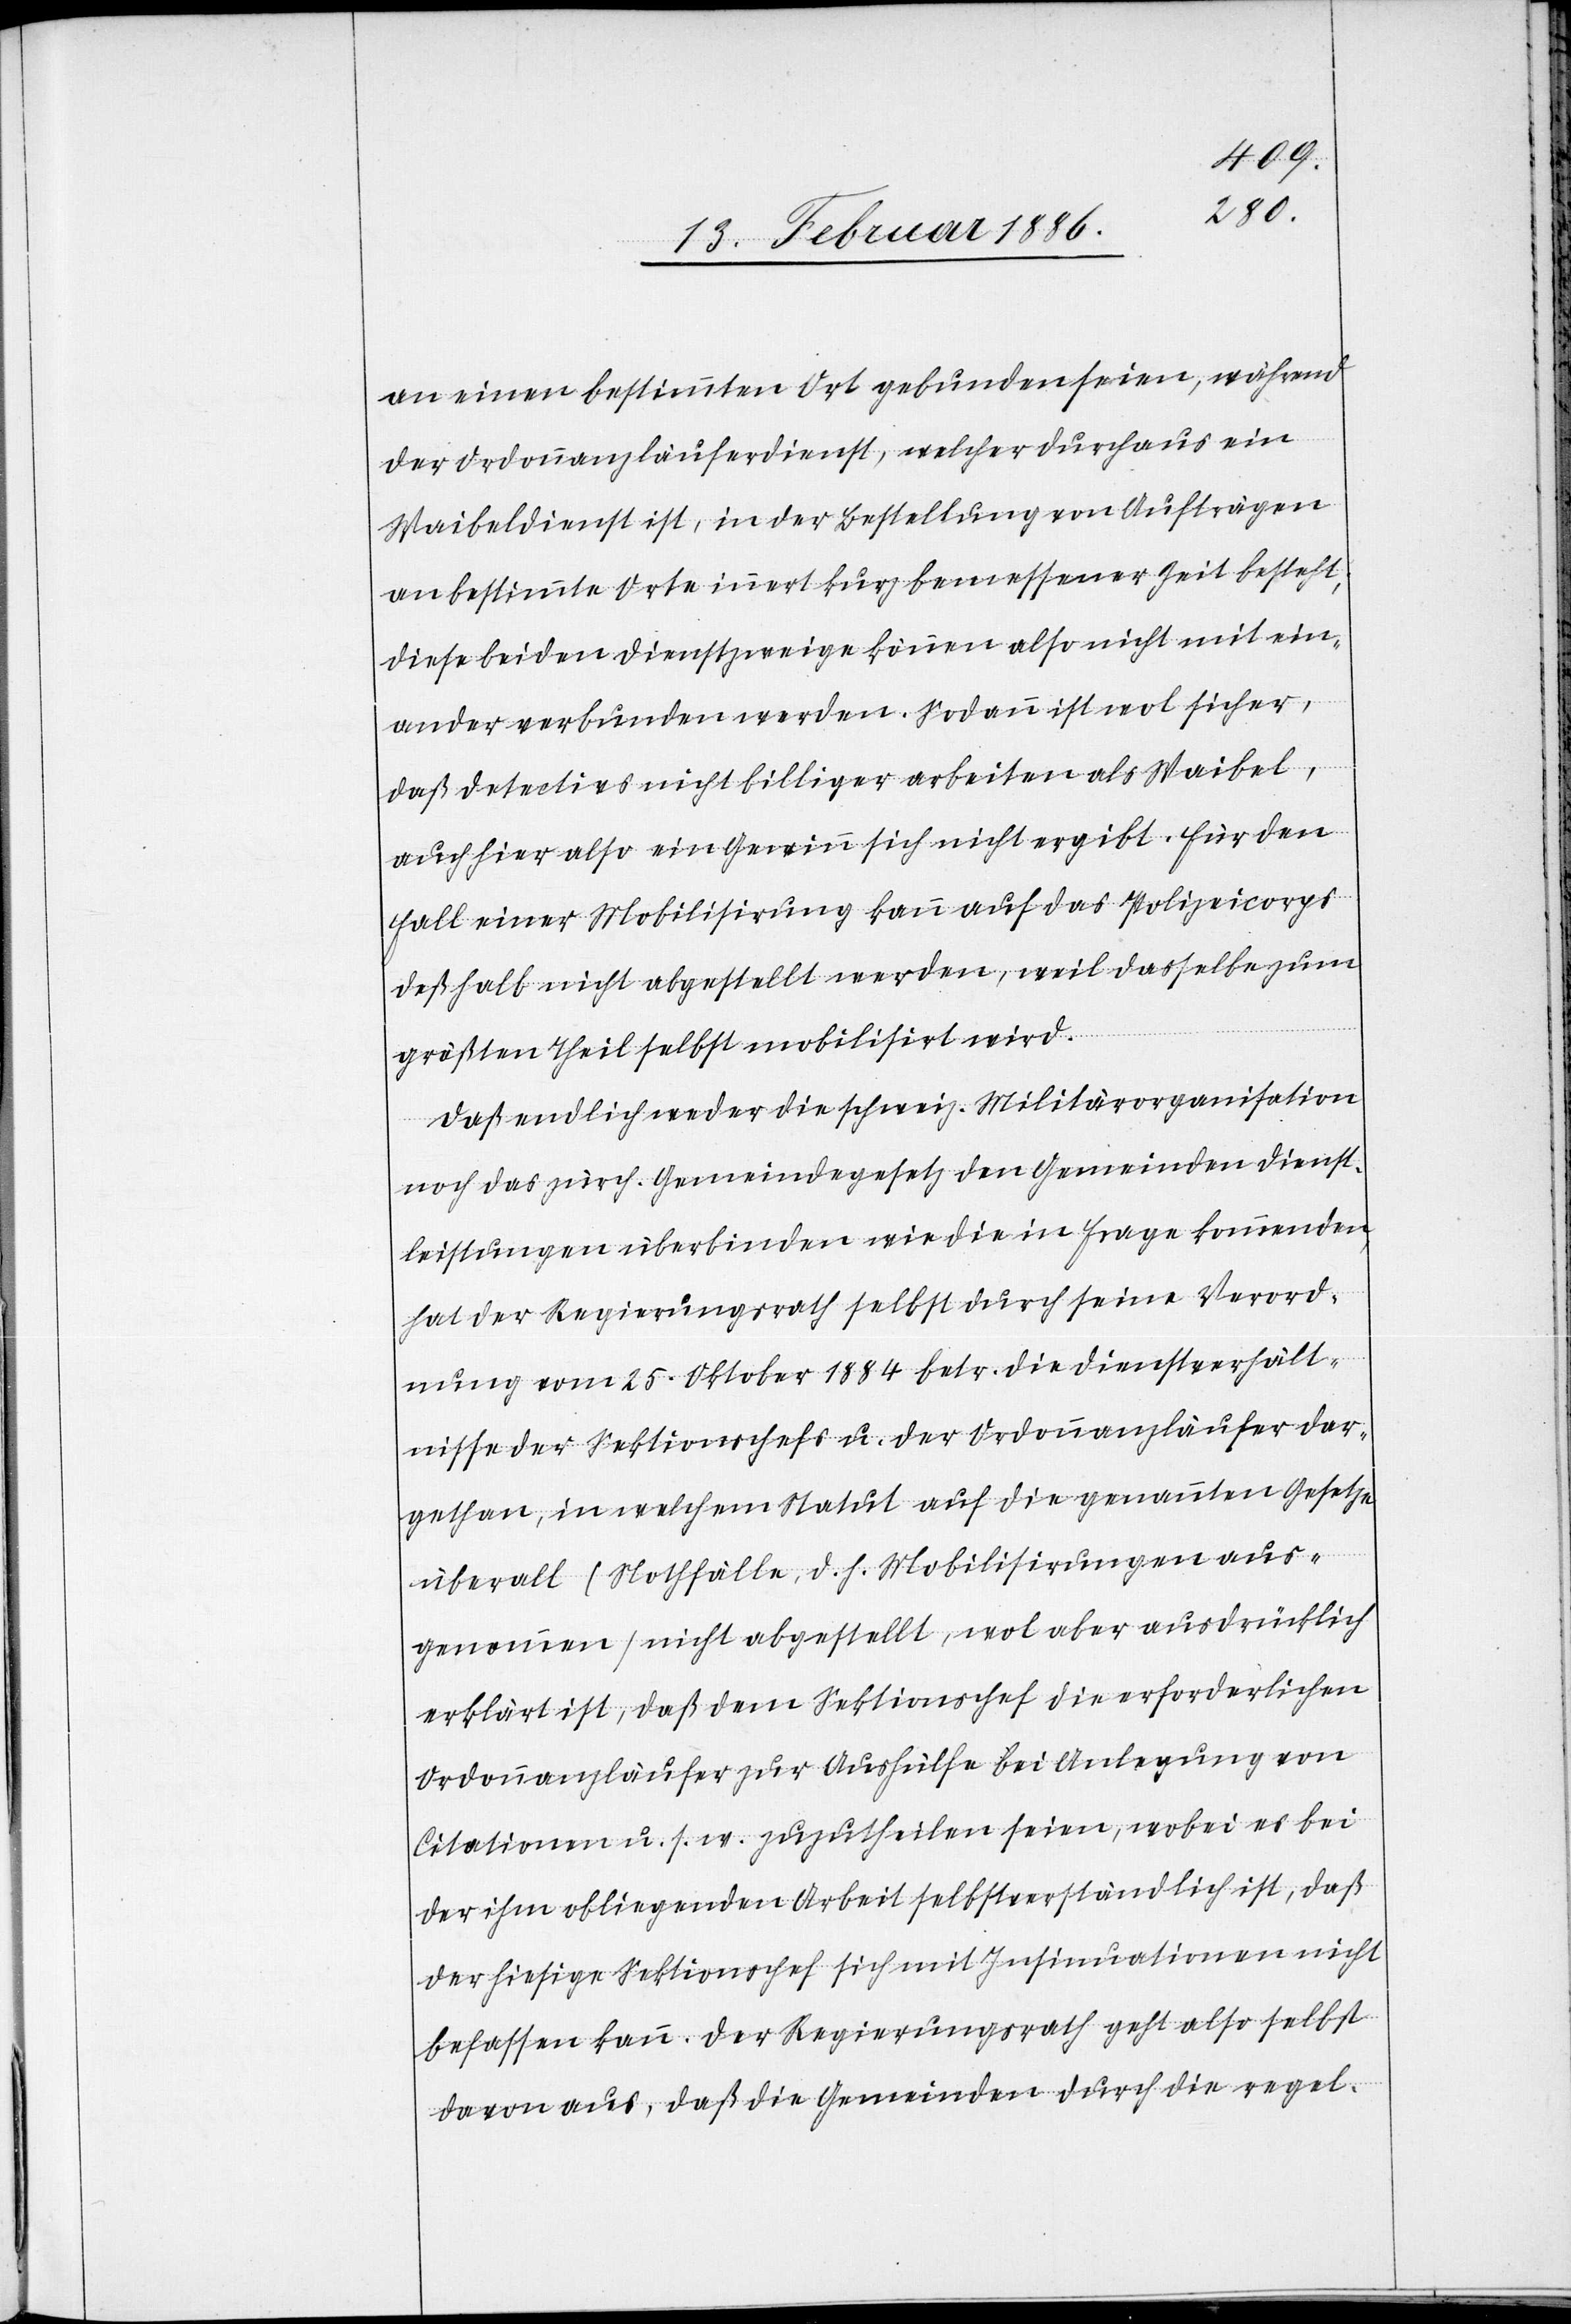
an einen bestimmten Ort gebunden seien, während
der Ordonnanzläuferdienst, welcher durchaus ein
Waibeldienst ist, in der Bestellung von Aufträgen
an bestimmte Orte innert kurz bemessener Zeit besteht;
diese beiden Dienstzweige können also nicht mitein¬
ander verbunden werden. Sodann ist wol sicher,
daß Detectivs nicht billiger arbeiten als Waibel,
auch hier also ein Gewinn sich nicht ergibt. Für den
Fall einer Mobilisierung kann auf das Polizeicorps
deßhalb nicht abgestellt werden, weil dasselbe zum
größten Theil selbst mobilisiert wird.
Daß endlich weder die schweiz. Militärorganisation
noch das zürch. Gemeindegesetz den Gemeinden Dienst¬
leistungen überbinden wie die in Frage kommende,
hat der Regierungsrath selbst durch seine Verord¬
nung vom 25. Oktober 1884 betr. die Dienstverhält¬
nisse der Sektionschefs u. der Ordonnanzläufer dar¬
gethan, in welchem Statut auf die genannten Gesetze
überall (Nothfälle, d. h. Mobilisirungen aus¬
genommen) nicht abgestellt, wol aber ausdrücklich
erklärt ist, daß dem Sektionschef die erforderlichen
Ordonnanzläufer zur Aushülfe bei Anlegung von
Citationen u. s. w. zuzutheilen seien, wobei es bei
der ihm obliegenden Arbeit selbstverständlich ist, daß
der hiesige Sektionschef sich mit Insinuationen nicht
befassen kann. Der Regierungsrath geht also selbst
davon aus, daß die Gemeinden durch die regel-